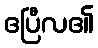
ဧပြီလ၏